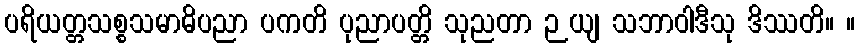
ပရိယတ္တသစ္စသမာဓိပညာ ပကတိ ပုညာပတ္တိ သုညတာ ဉယျ သဘာဝါဒီသု ဒိဿတိ။ ။